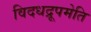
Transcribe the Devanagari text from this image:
विदधद्रूपमेति